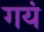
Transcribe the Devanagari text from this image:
गयं